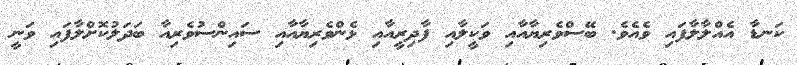
ކަނޑާ އެއްލާލާފައި ވެއެވެ. ބޭސްވެރިޔާއާއި ވަކީލާއި ފާދިރީއާއި ޅެންވެރިޔާއާއި ސައިންސުވެރިއާ ބަދަލުކޮށްލާފައި ވަނީ